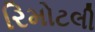
રિમોટલી